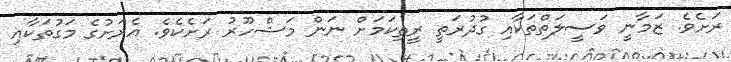
ރަށެވެ. ޒަމާނީ ވަސީލަތްތަކާއި ގުދުރަތީ ރީތިކަމަށް ނަން މަޝްހޫރު ރަށެކެވެ. އެރަށުގެ މަގުތަކާއި